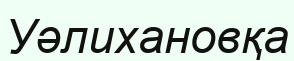
Уәлихановқа